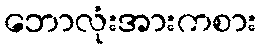
ဘောလုံးအားကစား